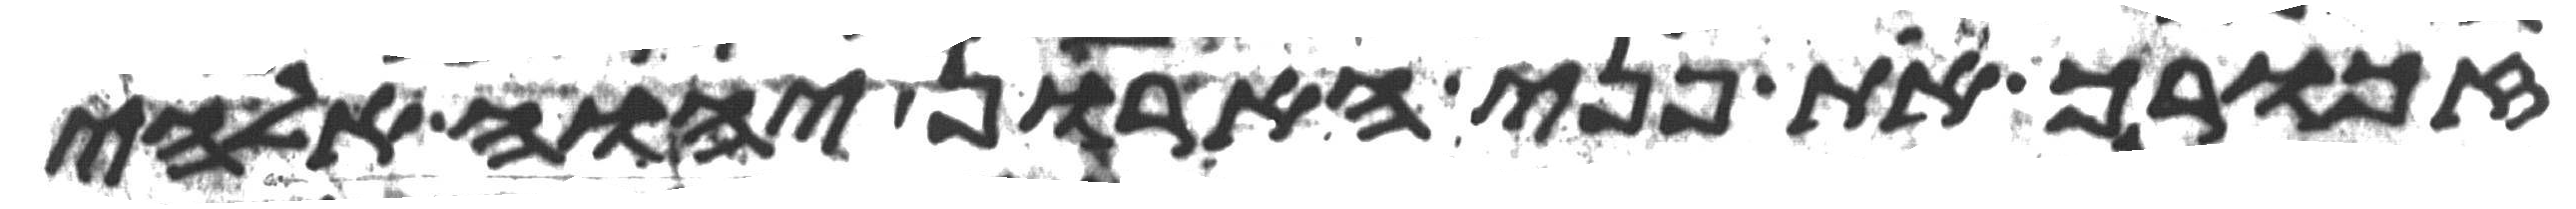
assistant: זכורך את פני הארון יהוה אלהי